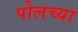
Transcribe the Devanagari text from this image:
पोलच्या